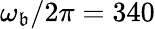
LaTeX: \omega_{\mathfrak{b}}/2\pi=340